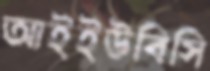
আইইউবিসি